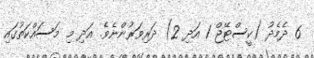
6 ދެމެދު (ކީސްޓޭޖް 1 އަދި 2) ދަރިވަރުންނެވެ. އަދި މި މަސައްކަތުގައި